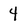
Character: 4